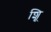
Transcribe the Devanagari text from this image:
शूि